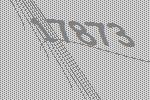
17873